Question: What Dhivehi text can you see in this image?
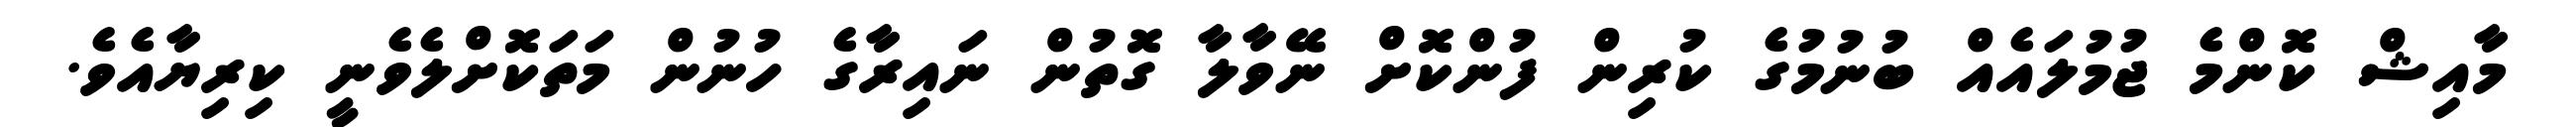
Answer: މާއިޝް ކޮންމެ ޖުމުލައެއް ބުނުމުގެ ކުރިން ފުންކޮށް ނޭވާލާ ގޮތުން ނައިރާގެ ހުނުން މަތަކޮށްލެވެނީ ކިރިޔާއެވެ.